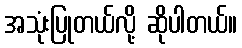
အသုံးပြုတယ်လို့ ဆိုပါတယ်။